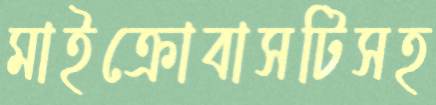
মাইক্রোবাসটিসহ